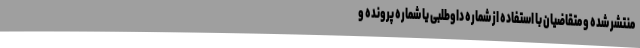
منتشر شده و متقاضیان با استفاده از شماره داوطلبی یا شماره پرونده و